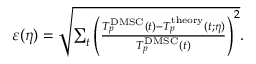
\begin{array} { r } { \varepsilon ( \eta ) = \sqrt { \sum _ { t } \left( \frac { T _ { p } ^ { \mathrm { D M S C } } ( t ) - T _ { p } ^ { \mathrm { t h e o r y } } ( t ; \eta ) } { T _ { p } ^ { \mathrm { D M S C } } ( t ) } \right) ^ { 2 } } . } \end{array}